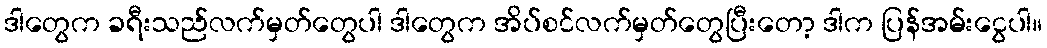
ဒါတွေက ခရီးသည်လက်မှတ်တွေပါ ဒါတွေက အိပ်စင်လက်မှတ်တွေပြီးတော့ ဒါက ပြန်အမ်းငွေပါ။